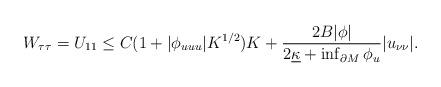
LaTeX: \begin{align*}W_{\tau\tau} = U_{11} \leq C(1 + |\phi_{uuu}| K^{1/2}) K + \frac{2B|\phi|}{2\underline{\kappa} + \inf_{\partial M} \phi_u}|u_{\nu\nu}|.\end{align*}